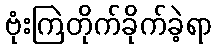
ဗုံးကြဲတိုက်ခိုက်ခဲ့ရာ